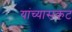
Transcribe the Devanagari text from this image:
यांच्यासकट